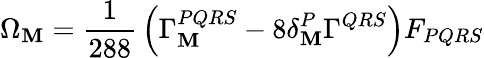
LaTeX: \Omega_{\mathbf{M}}={\frac{{1}}{{288}}}\left(\Gamma_{\mathbf{M}}^{PQRS}-8\delta_{\mathbf{M}}^{P}\Gamma^{QRS}\right)F_{PQRS}